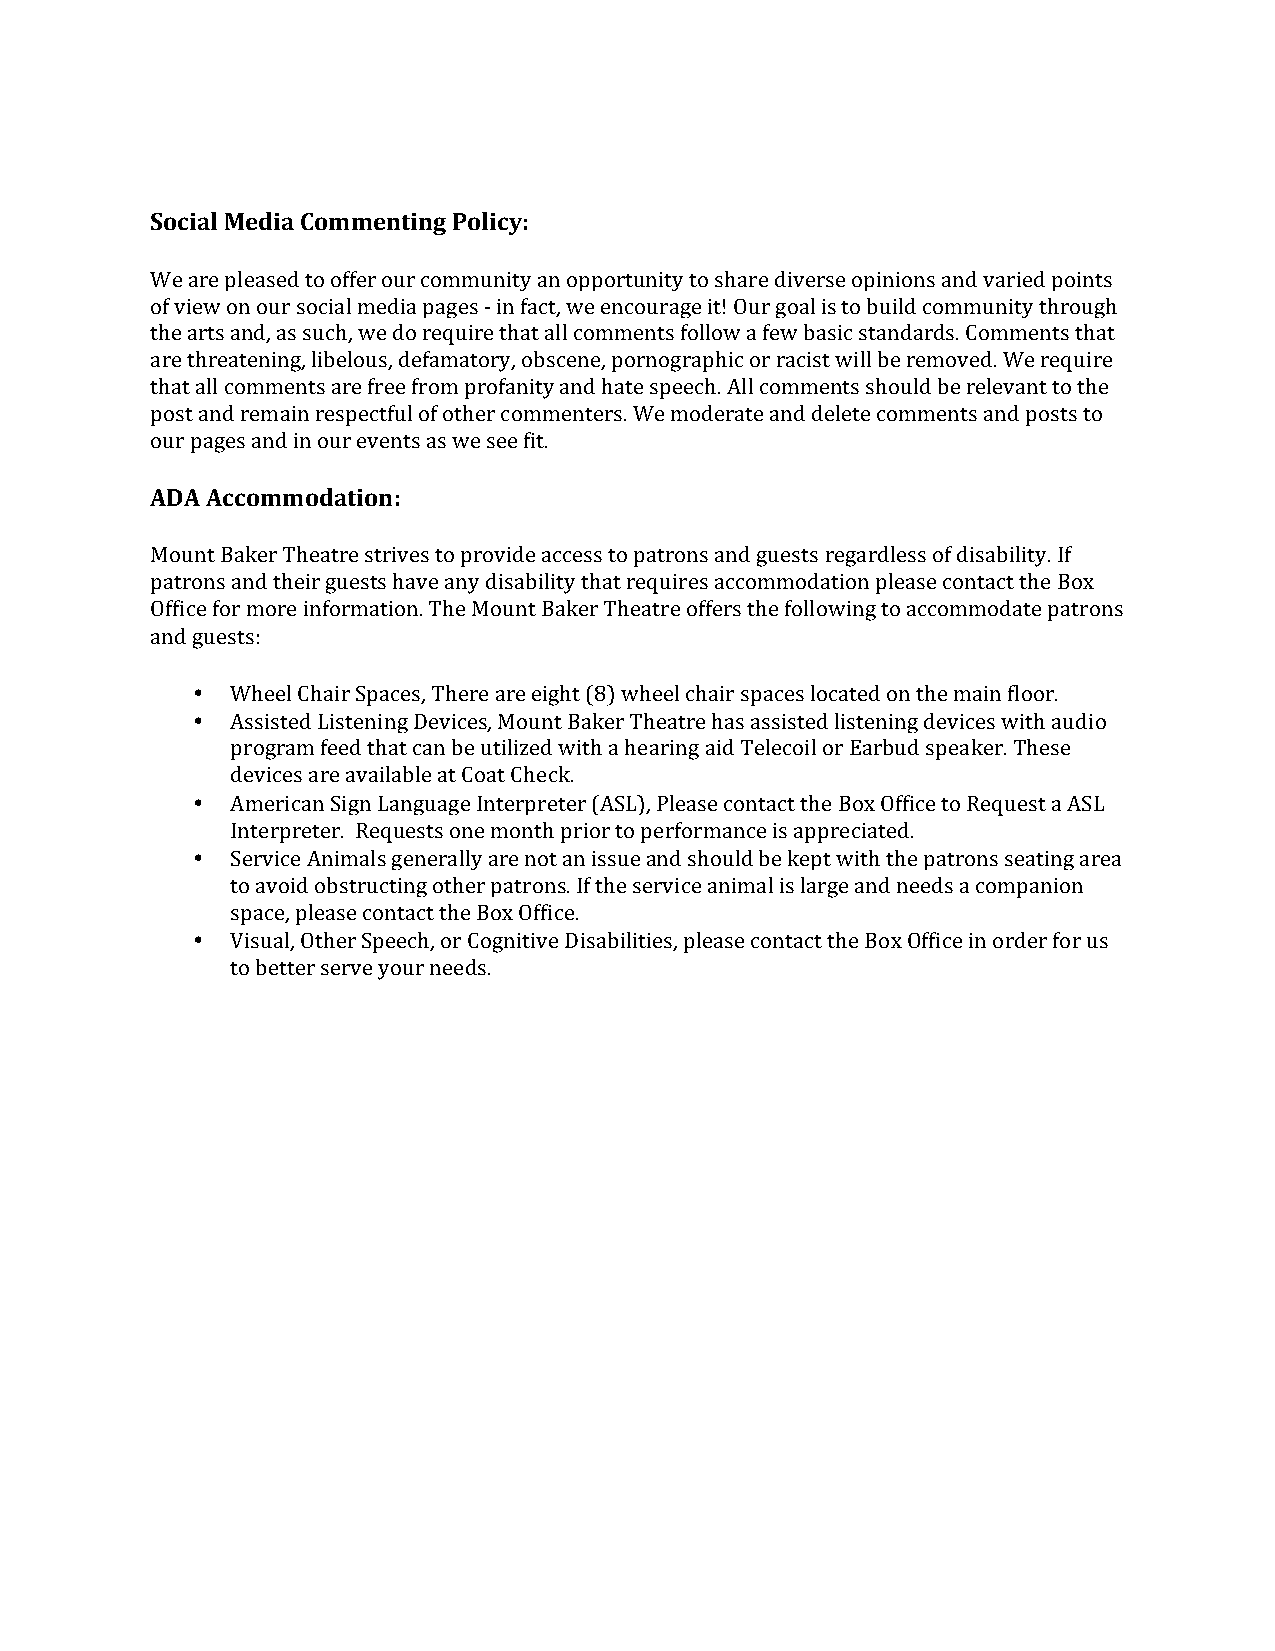
Social Media Commenting Policy:
 We are pleased to offer our community an opportunity to share diverse opinions and varied points
 of view on our social media pages - in fact, we encourage it! Our goal is to build community through
 the arts and, as such, we do require that all comments follow a few basic standards. Comments that
 are threatening, libelous, defamatory, obscene, pornographic or racist will be removed. We require
 that all comments are free from profanity and hate speech. All comments should be relevant to the
 post and remain respectful of other commenters. We moderate and delete comments and posts to
 our pages and in our events as we see fit.
 ADA Accommodation:
 Mount Baker Theatre strives to provide access to patrons and guests regardless of disability. If
 patrons and their guests have any disability that requires accommodation please contact the Box
 Office for more information. The Mount Baker Theatre offers the following to accommodate patrons
 and guests:
 • Wheel Chair Spaces, There are eight (8) wheel chair spaces located on the main floor.
 • Assisted Listening Devices, Mount Baker Theatre has assisted listening devices with audio
 program feed that can be utilized with a hearing aid Telecoil or Earbud speaker. These
 devices are available at Coat Check.
 • American Sign Language Interpreter (ASL), Please contact the Box Office to Request a ASL
 Interpreter. Requests one month prior to performance is appreciated.
 • Service Animals generally are not an issue and should be kept with the patrons seating area
 to avoid obstructing other patrons. If the service animal is large and needs a companion
 space, please contact the Box Office.
 • Visual, Other Speech, or Cognitive Disabilities, please contact the Box Office in order for us
 to better serve your needs.